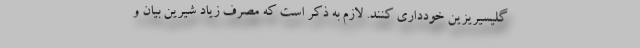
گلیسیریزین خودداری کنند. لازم به ذکر است که مصرف زیاد شیرین بیان و